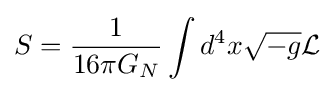
S={\frac {1}{16\pi G_{N}}}\int d^{4}x{\sqrt {-g}}{\mathcal {L}}